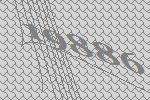
19886